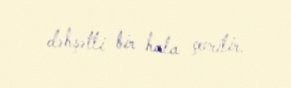
dəhşətli bir hala çevrilir.